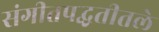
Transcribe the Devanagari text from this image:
संगीतपद्धतीतले